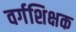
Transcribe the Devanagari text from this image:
वर्गशिक्षक